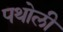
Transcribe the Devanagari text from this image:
पथोली